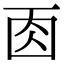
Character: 𠀬